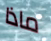
ماذا